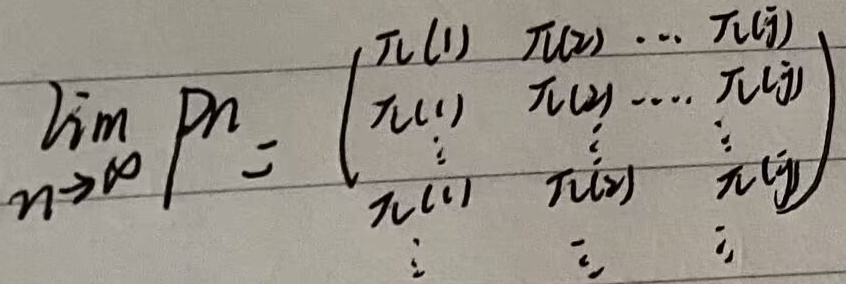
\[
\lim_{n \to \infty} P^n = \begin{pmatrix}
\pi(1) & \pi(2) & \cdots & \pi(j) \\
\pi(1) & \pi(2) & \cdots & \pi(j) \\
\vdots & \vdots & & \vdots \\
\pi(1) & \pi(2) & & \pi(j) \\
\vdots & \vdots & & \vdots
\end{pmatrix}
\]